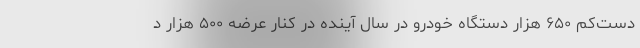
دست‌کم ۶۵۰ هزار دستگاه خودرو در سال آینده در کنار عرضه ۵۰۰ هزار د